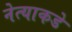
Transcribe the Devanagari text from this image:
नेत्याकडे